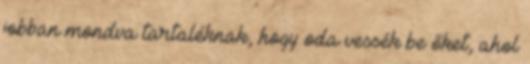
jobban mondva tartaléknak, hogy oda vessék be őket, ahol